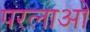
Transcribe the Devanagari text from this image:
परलाओ